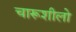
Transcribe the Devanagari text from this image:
चारूशीलो